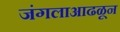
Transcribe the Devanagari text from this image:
जंगलाआढळून